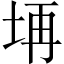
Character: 𱖝